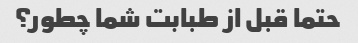
حتما قبل از طبابت شما چطور؟